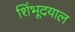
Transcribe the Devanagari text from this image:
शिंभूदयाल